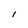
Character: l